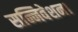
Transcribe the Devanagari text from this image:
सन्निवेशन।